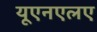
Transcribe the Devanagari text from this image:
यूएनएलए